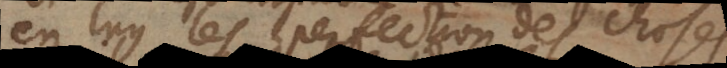
en luy les perfections des choses